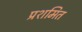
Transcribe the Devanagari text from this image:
प्रशमित